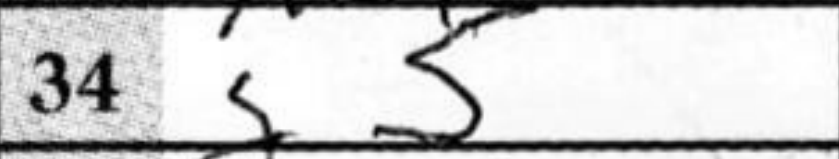
Transcription: g5